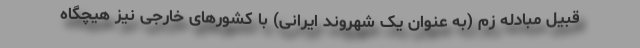
قبیل مبادله زم (به عنوان یک شهروند ایرانی) با کشورهای خارجی نیز هیچگاه